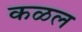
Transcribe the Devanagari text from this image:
कळल